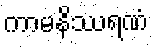
ကာမနိဿရဏံ